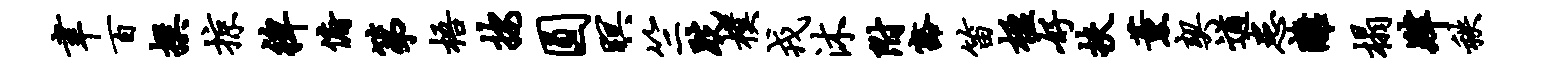
聿百撰掠裨俯第梧按圆暝竺跣朴戎沐附豁笛楹好扶薰契遒患离榻肄秩